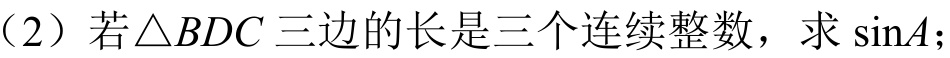
(2) 若$\triangle BDC$三边的长是三个连续整数，求$\sin A$；